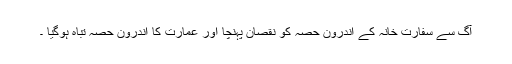
آگ سے سفارت خانہ کے اندرون حصہ کو نقصان پہنچا اور عمارت کا اندرون حصہ تباہ ہوگیا ۔